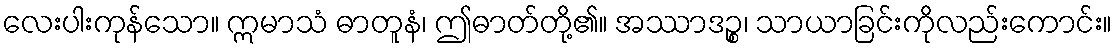
လေးပါးကုန်သော။ ဣမာသံ ဓာတူနံ၊ ဤဓာတ်တို့၏။ အဿာဒဉ္စ၊ သာယာခြင်းကိုလည်းကောင်း။